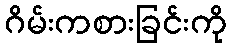
ဂိမ်းကစားခြင်းကို